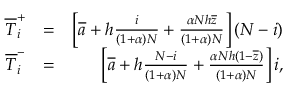
\begin{array} { r l r } { \overline { T } _ { i } ^ { + } } & { = } & { \left[ \overline { a } + h \frac { i } { ( 1 + \alpha ) N } + \frac { \alpha N h \overline { { z } } } { ( 1 + \alpha ) N } \right] ( N - i ) } \\ { \overline { T } _ { i } ^ { - } } & { = } & { \left[ \overline { a } + h \frac { N - i } { ( 1 + \alpha ) N } + \frac { \alpha N h ( 1 - \overline { { z } } ) } { ( 1 + \alpha ) N } \right] i , } \end{array}